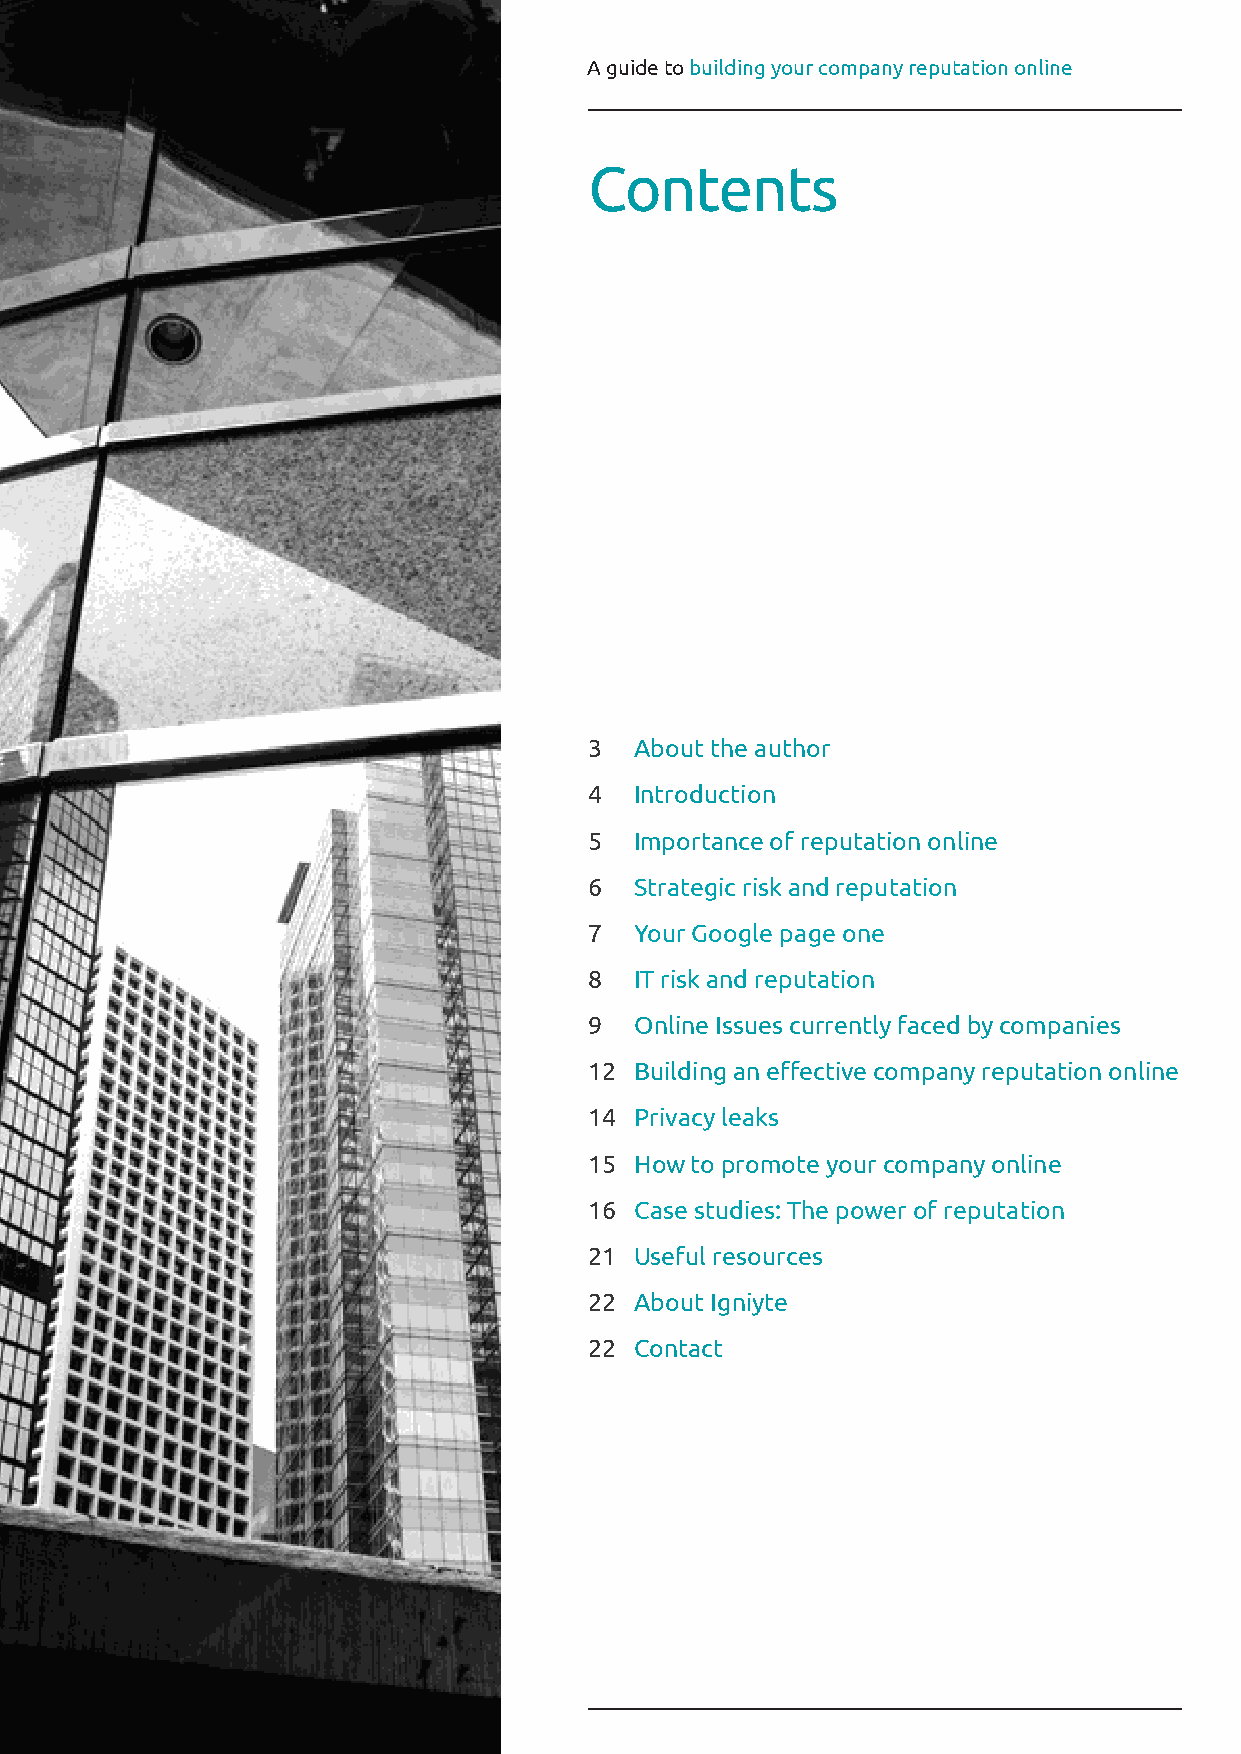
A guide to building your company reputation online
 Contents
 3  About the author
 4  Introduction
 5  Importance of reputation online
 6  Strategic risk and reputation
 7  Your Google page one
 8  IT risk and reputation
 9  Online Issues currently faced by companies
 12 Building an effective company reputation online
 14 Privacy leaks
 15 How to promote your company online
 16 Case studies: The power of reputation
 21 Useful resources
 22 About Igniyte
 22 Contact